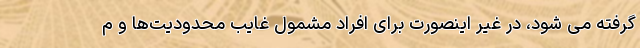
گرفته می شود، در غیر اینصورت برای افراد مشمول غایب محدودیت‌ها و م